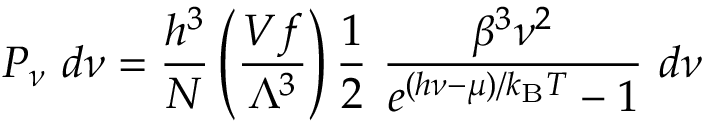
P _ { \nu } ~ d \nu = { \frac { h ^ { 3 } } { N } } \left( { \frac { V f } { \Lambda ^ { 3 } } } \right) { \frac { 1 } { 2 } } ~ { \frac { \beta ^ { 3 } \nu ^ { 2 } } { e ^ { ( h \nu - \mu ) / k _ { \mathrm { { B } } } T } - 1 } } ~ d \nu